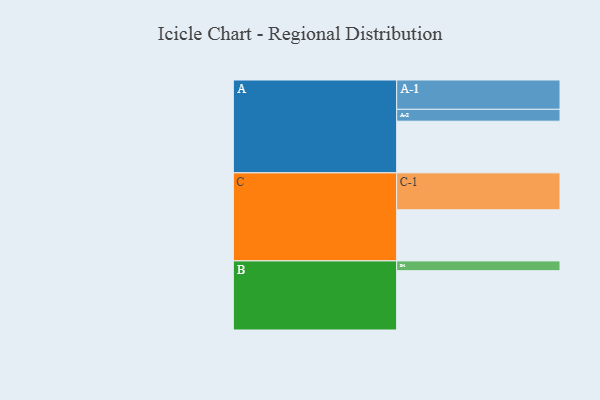
{"axis": {"x": "Segment", "y": "Value"}, "legend": ["", "A", "B", "C"], "data": [{"x": "A", "y": 365, "type": ""}, {"x": "B", "y": 419, "type": ""}, {"x": "C", "y": 361, "type": ""}, {"x": "A-1", "y": 207, "type": "A"}, {"x": "A-2", "y": 84, "type": "A"}, {"x": "B-1", "y": 69, "type": "B"}, {"x": "C-1", "y": 261, "type": "C"}]}